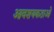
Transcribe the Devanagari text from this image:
आवशयकताओं